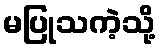
မပြုသကဲ့သို့